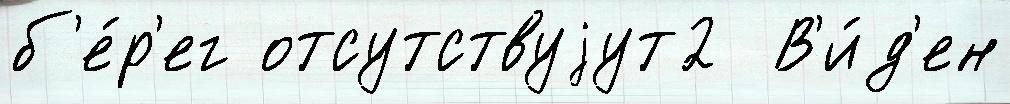
б'е́р'ег отсутствуjут2  В'и́д'ен